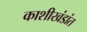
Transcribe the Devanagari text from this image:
काशीखंडांत